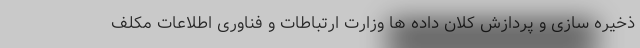
ذخیره سازی و پردازش کلان داده ها وزارت ارتباطات و فناوری اطلاعات مکلف